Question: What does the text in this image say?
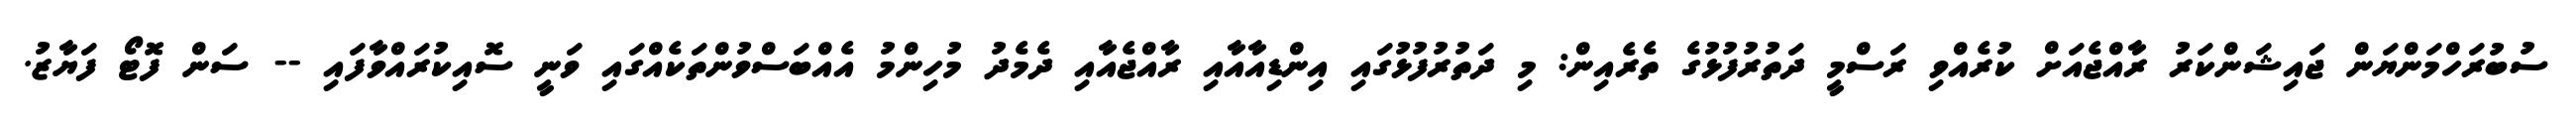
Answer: ސުބުރަހްމަންޔަން ޖައިޝަންކަރު ރާއްޖެއަށް ކުރެއްވި ރަސްމީ ދަތުރުފުޅުގެ ތެރެއިން: މި ދަތުރުފުޅުގައި އިންޑިއާއާއި ރާއްޖެއާއި ދެމެދު މުހިންމު އެއްބަސްވުންތަކެއްގައި ވަނީ ސޮއިކުރައްވާފައި -- ސަން ފޮޓޯ ފަޔާޒު.